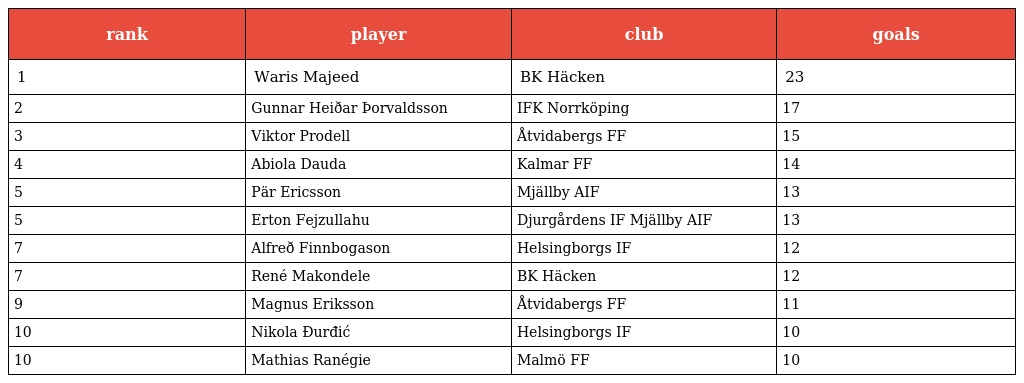
| rank | player | club | goals |
 | --- | --- | --- | --- |
 | 1 | Waris Majeed | BK Häcken | 23 |
 | 2 | Gunnar Heiðar Þorvaldsson | IFK Norrköping | 17 |
 | 3 | Viktor Prodell | Åtvidabergs FF | 15 |
 | 4 | Abiola Dauda | Kalmar FF | 14 |
 | 5 | Pär Ericsson | Mjällby AIF | 13 |
 | 5 | Erton Fejzullahu | Djurgårdens IF Mjällby AIF | 13 |
 | 7 | Alfreð Finnbogason | Helsingborgs IF | 12 |
 | 7 | René Makondele | BK Häcken | 12 |
 | 9 | Magnus Eriksson | Åtvidabergs FF | 11 |
 | 10 | Nikola Đurđić | Helsingborgs IF | 10 |
 | 10 | Mathias Ranégie | Malmö FF | 10 |